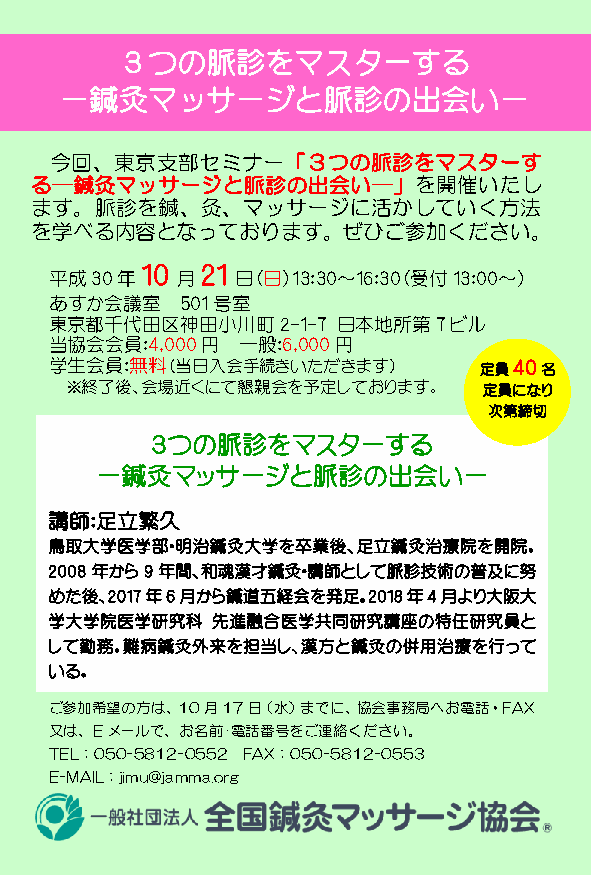
３つの脈診をマスターする
 ー鍼灸マッサージと脈診の出会いー
 今回、東京支部セミナー「３つの脈診をマスターす
 る―鍼灸マッサージと脈診の出会い―」を開催いたし
 ます。脈診を鍼、灸、マッサージに活かしていく方法
 を学べる内容となっております。ぜひご参加ください。
 10  21
 平成30年    月   日（日）13:30～16:30（受付13:00～）
 あすか会議室   501号室
 東京都千代田区神田小川町2-1-7  日本地所第7ビル
 当協会会員:4,000円 一般：6,000円
 学生会員：無料（当日入会手続きいただきます）       定員40名
 ※終了後、会場近くにて懇親会を予定しております。    定員になり
 次第締切
 ３つの脈診をマスターする
 ー鍼灸マッサージと脈診の出会いー
 講師：足立繁久
 鳥取大学医学部・明治鍼灸大学を卒業後、足立鍼灸治療院を開院。
 2008年から9年間、和魂漢才鍼灸・講師として脈診技術の普及に努
 めた後、2017年6月から鍼道五経会を発足。2018年4月より大阪大
 学大学院医学研究科  先進融合医学共同研究講座の特任研究員と
 して勤務。難病鍼灸外来を担当し、漢方と鍼灸の併用治療を行って
 いる。
 ご参加希望の方は、10月17日（水）までに、協会事務局へお電話・FAX
 又は、Eメールで、お名前･電話番号をご連絡ください。
 TEL：050-5812-0552 FAX：050-5812-0553
 E-MAIL：jimu@jamma.org